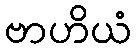
ဗာဟိယံ